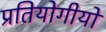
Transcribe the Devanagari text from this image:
प्रतियोगीयो